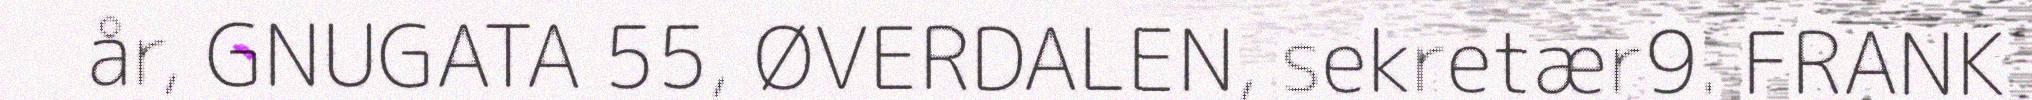
år, GNUGATA 55, ØVERDALEN, sekretær9. FRANK